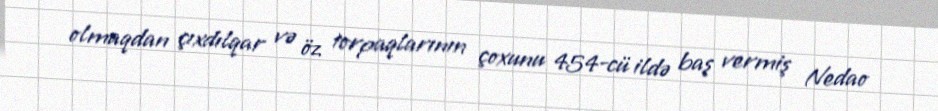
olmaqdan çıxdılqar və öz torpaqlarının çoxunu 454-cü ildə baş vermiş Nedao